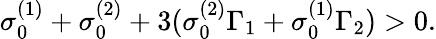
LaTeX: \sigma_{0}^{(1)}+\sigma_{0}^{(2)}+3(\sigma_{0}^{(2)}\Gamma_{1}+\sigma_{0}^{(1)}\Gamma_{2})>0.